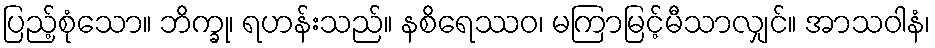
ပြည့်စုံသော။ ဘိက္ခု၊ ရဟန်းသည်။ နစိရေဿဝ၊ မကြာမြင့်မီသာလျှင်။ အာသဝါနံ၊